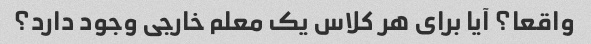
واقعا؟ آیا برای هر کلاس یک معلم خارجی وجود دارد؟